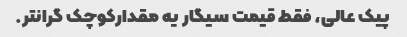
پیک عالی، فقط قیمت سیگار یه مقدارکوچک گرانتر.